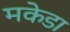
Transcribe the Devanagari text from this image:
मकेडा